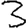
Digit: 3